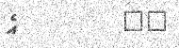
٢٣         އެ